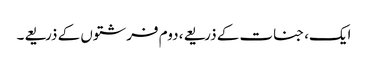
ایک، جنات کے ذریعے، دوم فرشتوں کے ذریعے۔